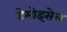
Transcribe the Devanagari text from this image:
डेमोइसेल